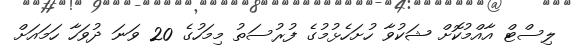
ލިސްޓް އާއްމުކޮށް ޝަކުވާ ހުށަހެޅުމުގެ ފުރުސަތު މިމަހުގެ 20 ވަނަ ދުވަހާ ހަމައަށް